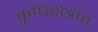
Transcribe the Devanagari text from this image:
कृषिक्षेत्रात